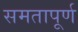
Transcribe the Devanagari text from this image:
समतापूर्ण